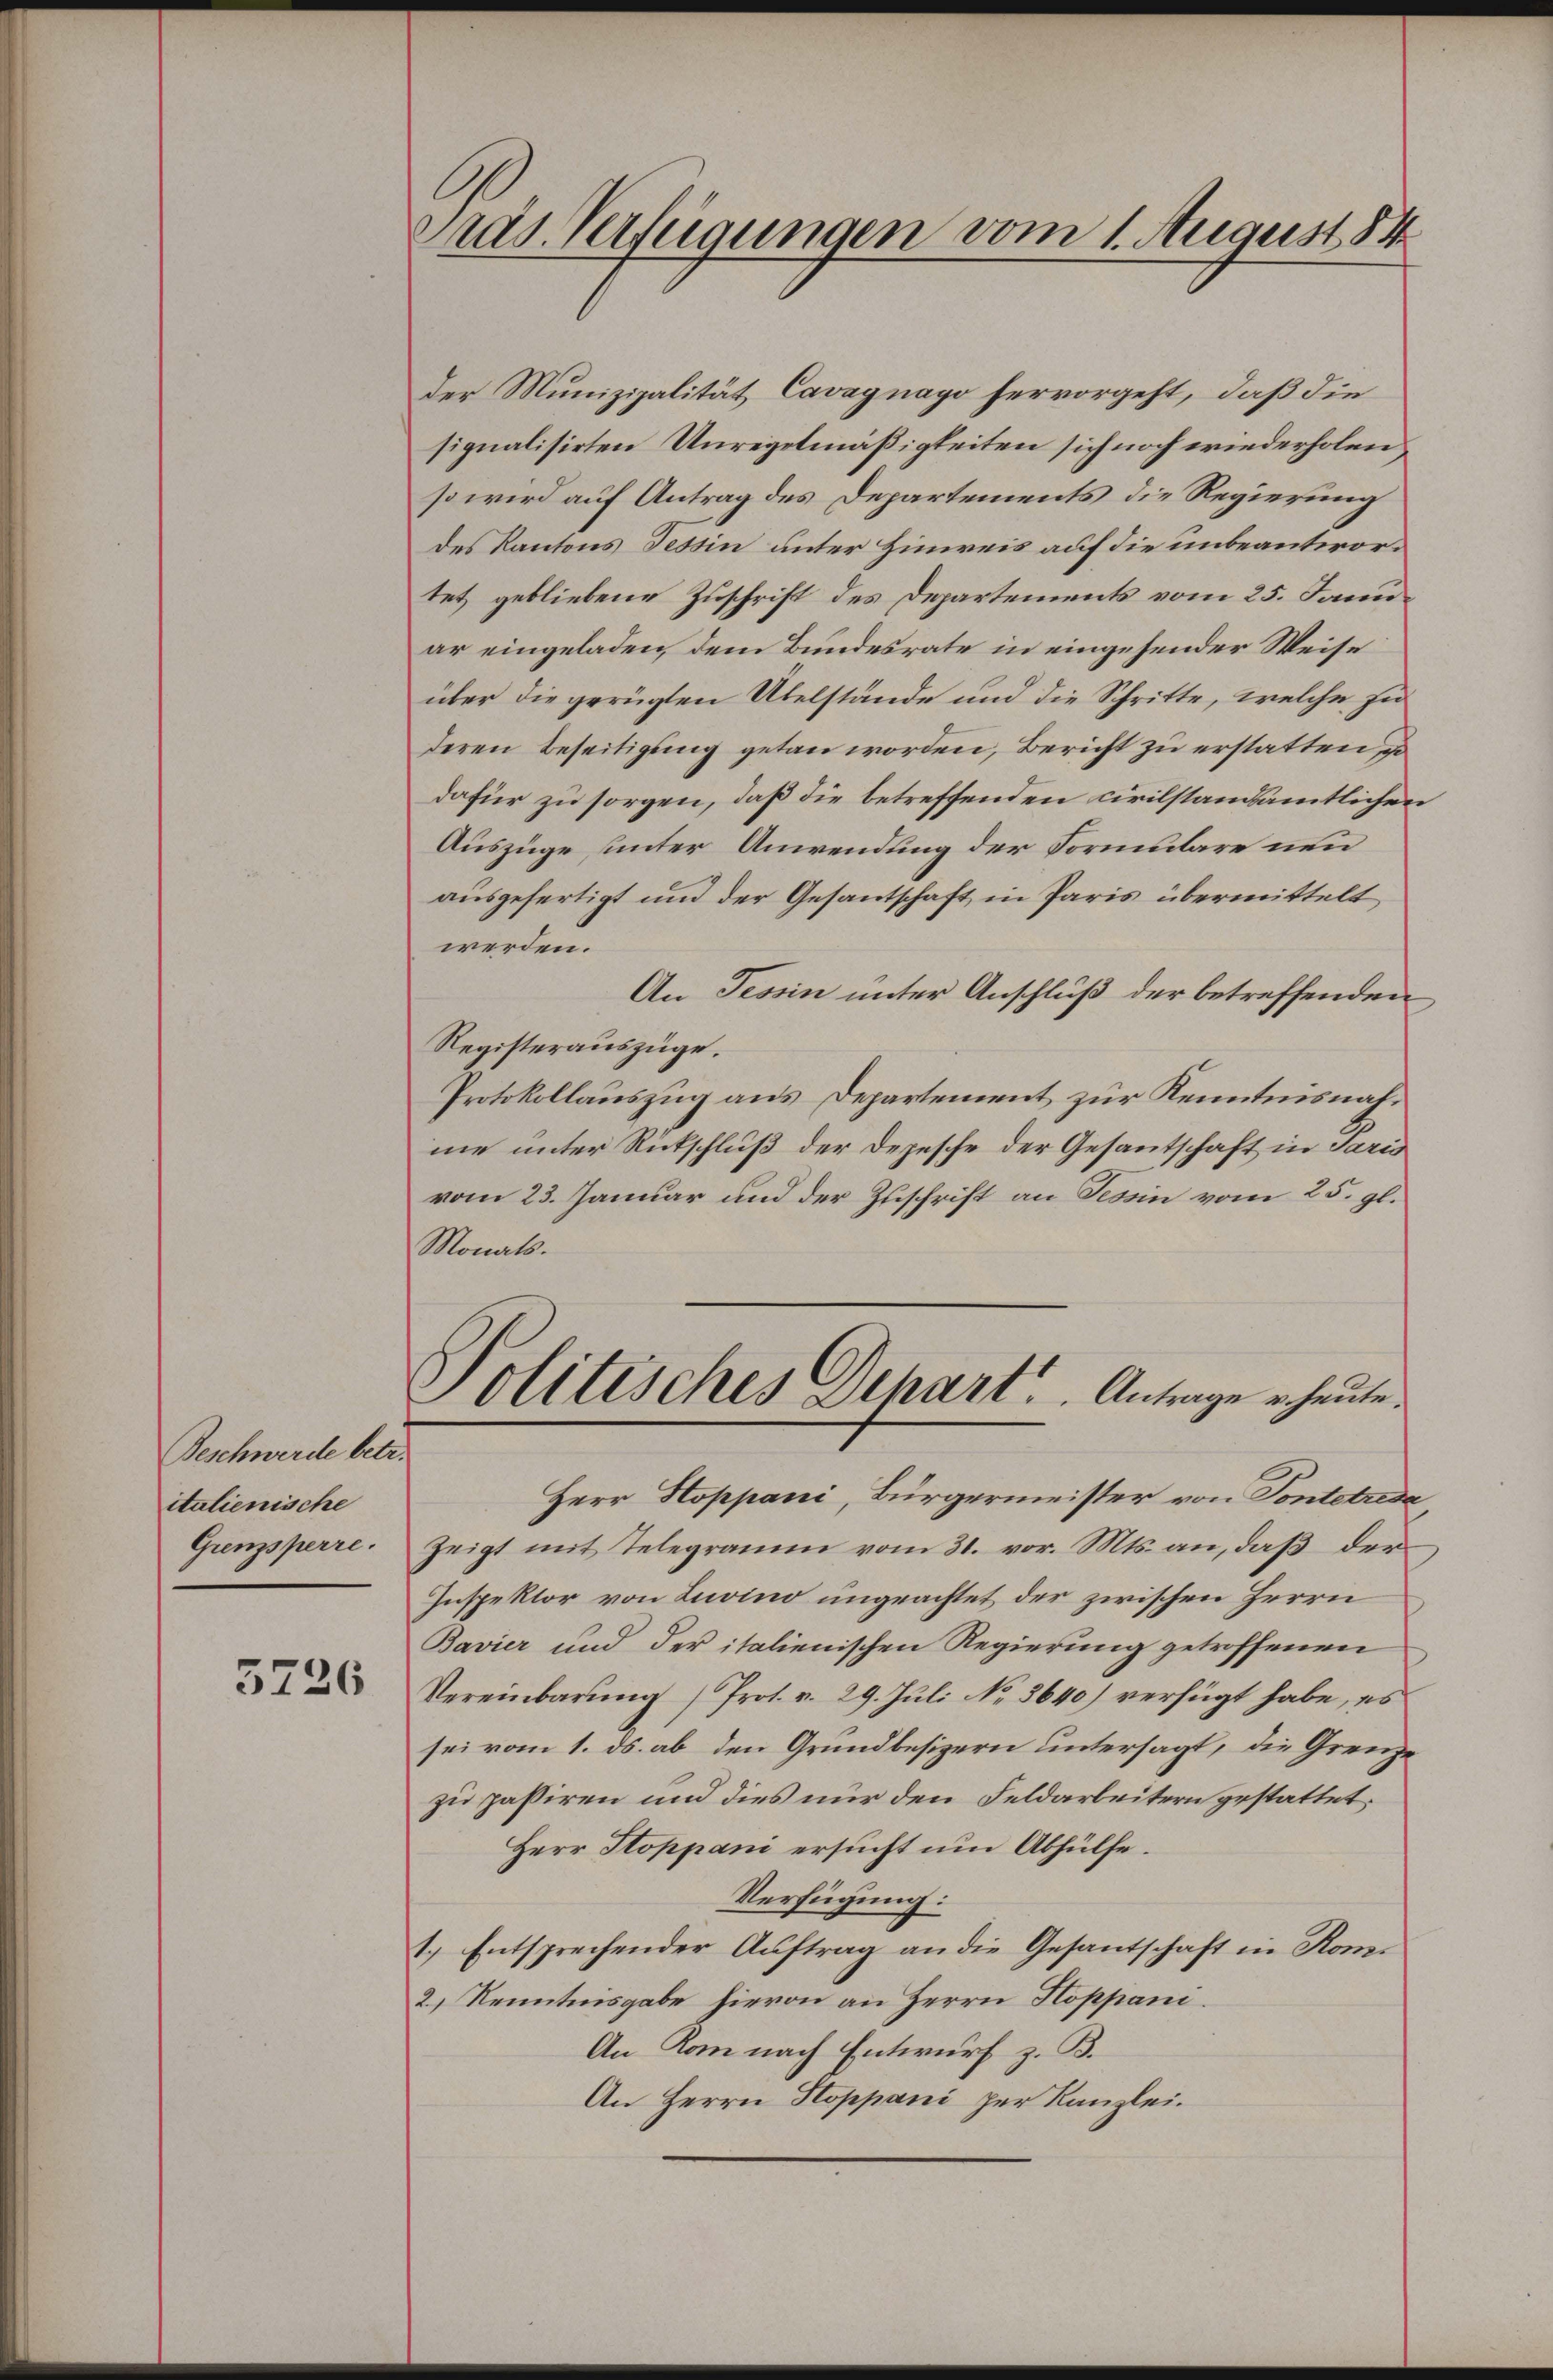
Beschwerde betr.
italienische
Grenzsperre.

5226

Pras. Verfügungen vom 1. August 84

der Munizipalität Cavagnago hervorgeht, daß die
signalisirten Unregelmäßigkeiten sich noch wiederholen
so wird auf Antrag des Departements die Regierung
des Kantons Tessin unter Hinweis auf die unbeantwortet gebliebene Zuschrift des Departements vom 25. Januar eingeladen, dem Bundesrate in eingehender Weise
über die gerügten Übelstände und die Schritte, welche zu
deren Beseitigung getan worden, Bericht zu erstatten, so
dafür zu sorgen, daß die betreffenden civilstandsamtlichen
Auszüge unter Anwendung der Formulare neu
ausgefertigt und der Gesantschaft in Paris übermittelt
werden.
An Tessin unter Anschluß der betreffenden
Registerauszüge.
Protokollauszug aus Departement zur Kenntnisnahme unter Rückschluß der Depesche der Gesantschaft in Paris
vom 23. Januar und der Zuschrift an Tessin vom 25. gl.
Monats.
Politisches Depart. Antrage heute.
Herr Stoppani, Bürgermeister von Pontelreda
Zeigt mit Telegramm vom 31. vor. Mts. an, daß der
Inspektor von Luvino ungeachtet der zwischen Herrn
Bavier und der italienischen Regierung getroffenen
Vereinbarŭng /Prot. v. 29. Jŭli No. 3640) verfügt habe, es
sei vom 1. ds. ab den Grundbesizern untersagt, die Grenze
zu passiren und dies nur den Feldarbeitern gestattet.
Herr Stoppani ersucht um Abhülfe.
Verfügung:
1.) Entsprechender Auftrag an die Gesantschaft in Kom¬
2.) Kenntnisgabe hievon an Herrn Hoppani.
An Rom nach Entwurf z. B.
An Herrn Stoppani per Kanzlei.